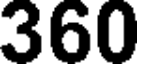
360